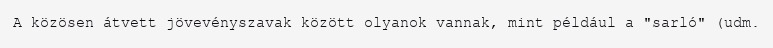
A közösen átvett jövevényszavak között olyanok vannak, mint például a "sarló" (udm.